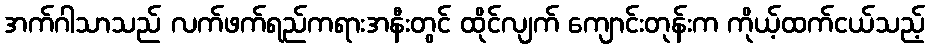
အက်ဂါသာသည် လက်ဖက်ရည်ကရားအနီးတွင် ထိုင်လျက် ကျောင်းတုန်းက ကိုယ့်ထက်ငယ်သည့်